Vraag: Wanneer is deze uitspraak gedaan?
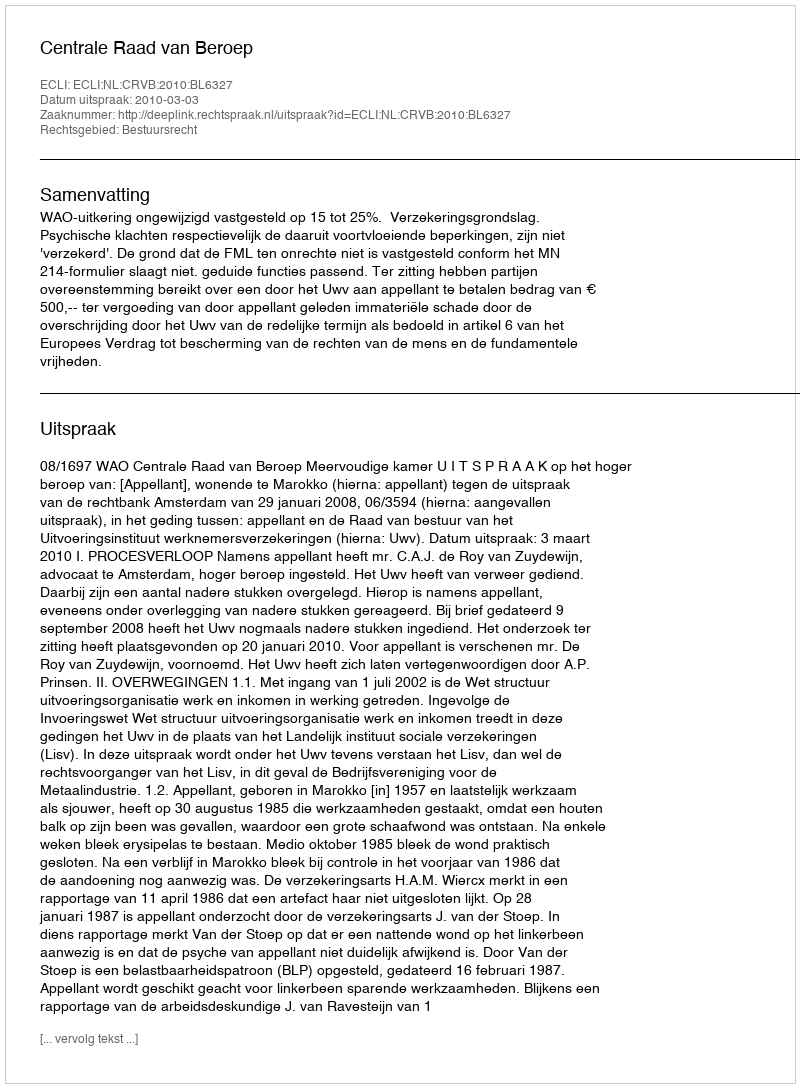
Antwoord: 2010-03-03